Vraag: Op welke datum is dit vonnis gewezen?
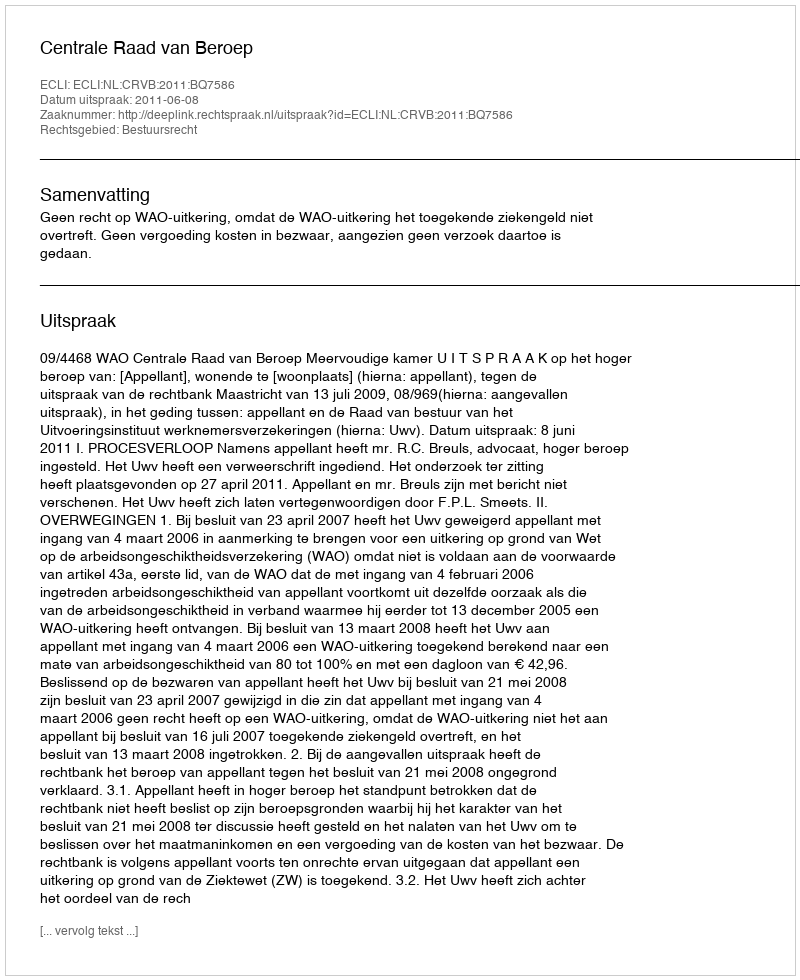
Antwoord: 2011-06-08